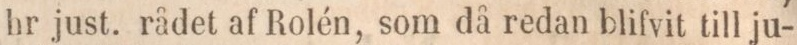
hr just. rådet af Rolén, som då redan blifvit till ju-